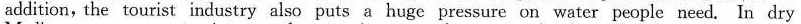
addition, the tourist industry also puts a huge pressure on water people need. In dry